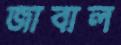
জাবাল